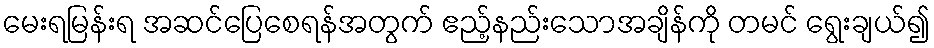
မေးရမြန်းရ အဆင်ပြေစေရန်အတွက် ဧည့်နည်းသောအချိန်ကို တမင် ရွေးချယ်၍